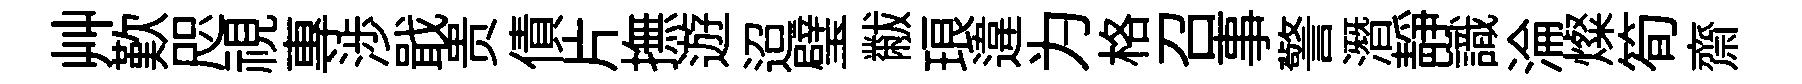
艸歎咫視專渉戢贵債片撫遊迢璧黻琅違为格召事警潛静識淪燦筍齋